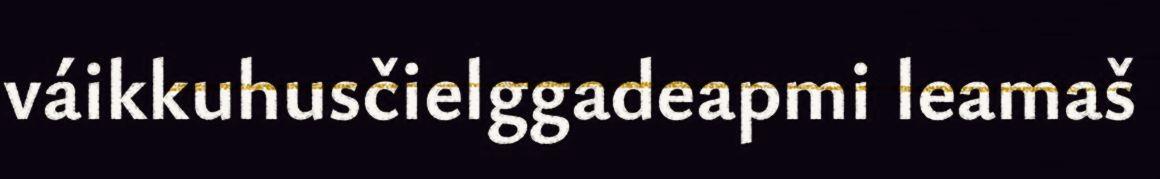
váikkuhusčielggadeapmi leamaš